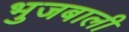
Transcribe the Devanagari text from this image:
भुजबाली